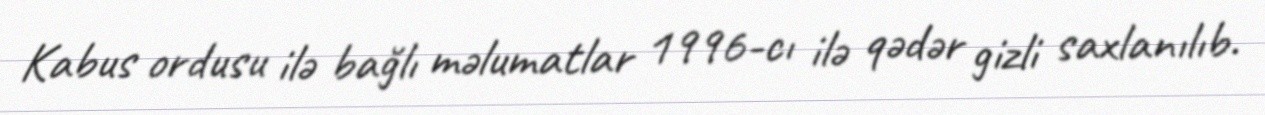
Kabus ordusu ilə bağlı məlumatlar 1996-cı ilə qədər gizli saxlanılıb.